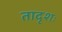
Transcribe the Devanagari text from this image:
तादृशः